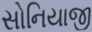
સોનિયાજી